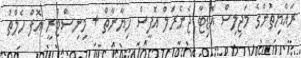
ރައްޔިތުންގެ މަޖިލިސް އޮޑިޓާ ޖެނެރަލް އޮފީސް ހިޔާނާތް + މިނިސްޓްރީ އޮފް ހެލްތު